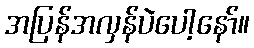
အပြန်အလှန်ပဲပေါ့နော်။